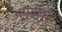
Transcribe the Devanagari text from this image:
अमयावधि